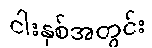
ငါးနှစ်အတွင်း